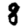
Digit: 8